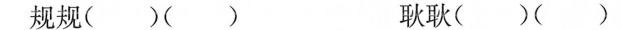
规规（）（） 耿耿（）（）